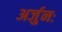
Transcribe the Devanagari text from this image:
अर्जुनः